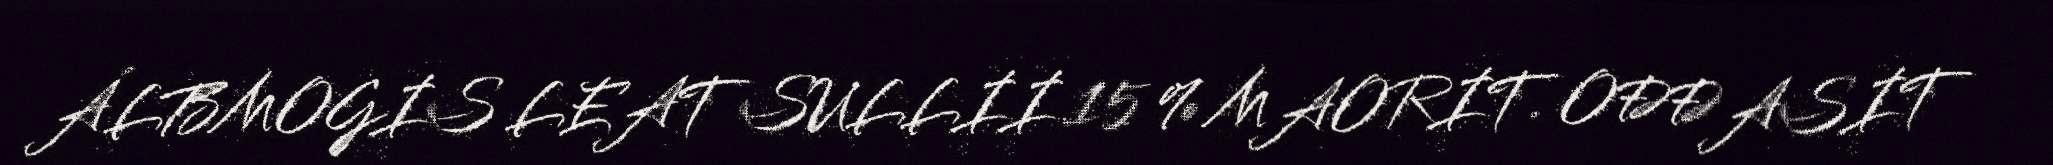
ÁLBMOGIS LEAT SULLII 15 % MAORIT. OĐĐASIT